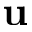
\mathbf { u }